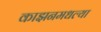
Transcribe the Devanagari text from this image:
काझनमधल्या